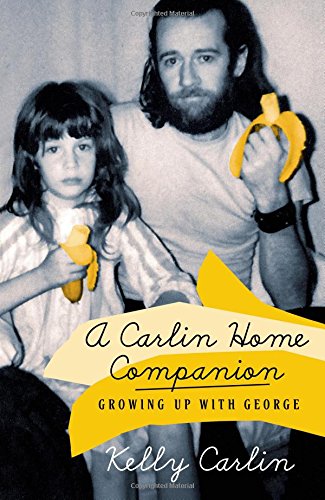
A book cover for A Carlin Home Companion: Growing Up with George; Kelly Carlin; Humor & Entertainment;